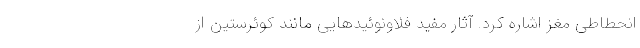
انحطاطی مغز اشاره کرد. آثار مفید فلاونوئیدهایی مانند کوئرستین از